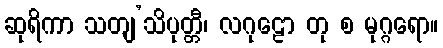
ဆုရိကာ သတျ’သိပုတ္တီ၊ လဂုဠော တု စ မုဂ္ဂရော။